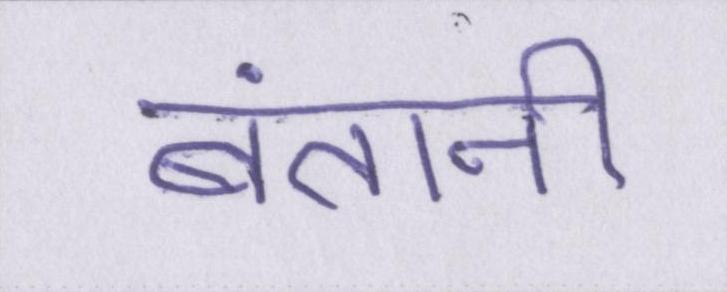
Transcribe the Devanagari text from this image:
बंतानी